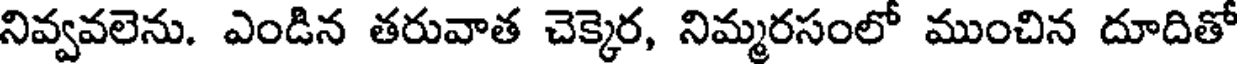
నివ్వవలెను. ఎండిన తరువాత చెక్కెర, నిమ్మరసంలో ముంచిన దూదితో